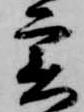
実